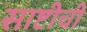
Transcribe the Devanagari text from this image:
साष्टीची